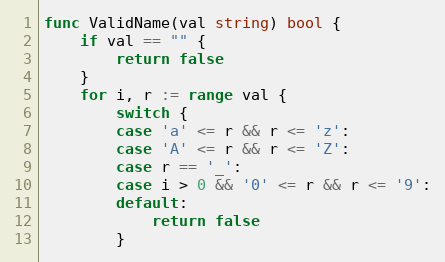
Language: Go
func ValidName(val string) bool {
	if val == "" {
		return false
	}
	for i, r := range val {
		switch {
		case 'a' <= r && r <= 'z':
		case 'A' <= r && r <= 'Z':
		case r == '_':
		case i > 0 && '0' <= r && r <= '9':
		default:
			return false
		}